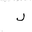
Letter: _lam